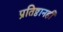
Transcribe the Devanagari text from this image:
प्रतिष्ठानही